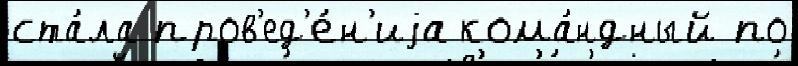
ста́ла пров'ед'е́н'иjа кома́ндный по